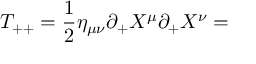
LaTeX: T _ { + + } = \frac { 1 } { 2 } \eta _ { \mu \nu } \partial _ { + } X ^ { \mu } \partial _ { + } X ^ { \nu } =